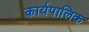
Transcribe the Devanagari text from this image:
कार्यपालिक